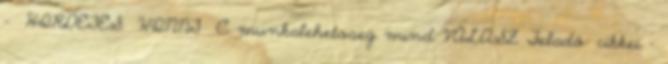
- HIRDETES WINNT C munkalehetoseg mind VÁLASZ Feladó: cikkei -